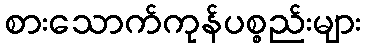
စားသောက်ကုန်ပစ္စည်းများ